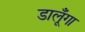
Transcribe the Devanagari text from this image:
डालूँगा